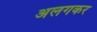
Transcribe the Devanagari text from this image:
अलगकर